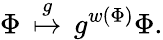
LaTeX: {\Phi}\, \stackrel{g}{\mapsto}\, g^{w({\Phi})}{\Phi}.